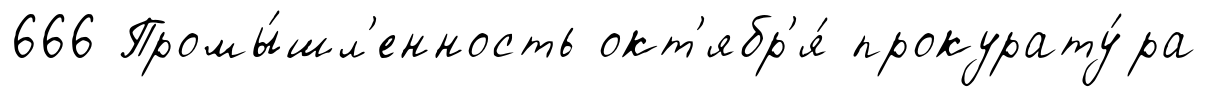
666 Промы́шл'енность окт'ябр'я́ прокурату́ра